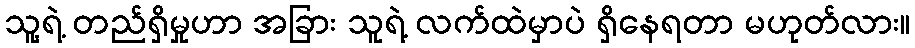
သူ့ရဲ့ တည်ရှိမှုဟာ အခြား သူရဲ့ လက်ထဲမှာပဲ ရှိနေရတာ မဟုတ်လား။